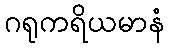
ဂရုကရိယမာနံ